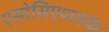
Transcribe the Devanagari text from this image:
एसोसिएशनके